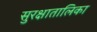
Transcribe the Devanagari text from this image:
सुरक्षातालिका